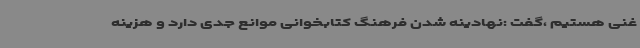
غنی هستیم ،گفت :نهادینه شدن فرهنگ کتابخوانی موانع جدی دارد و هزینه